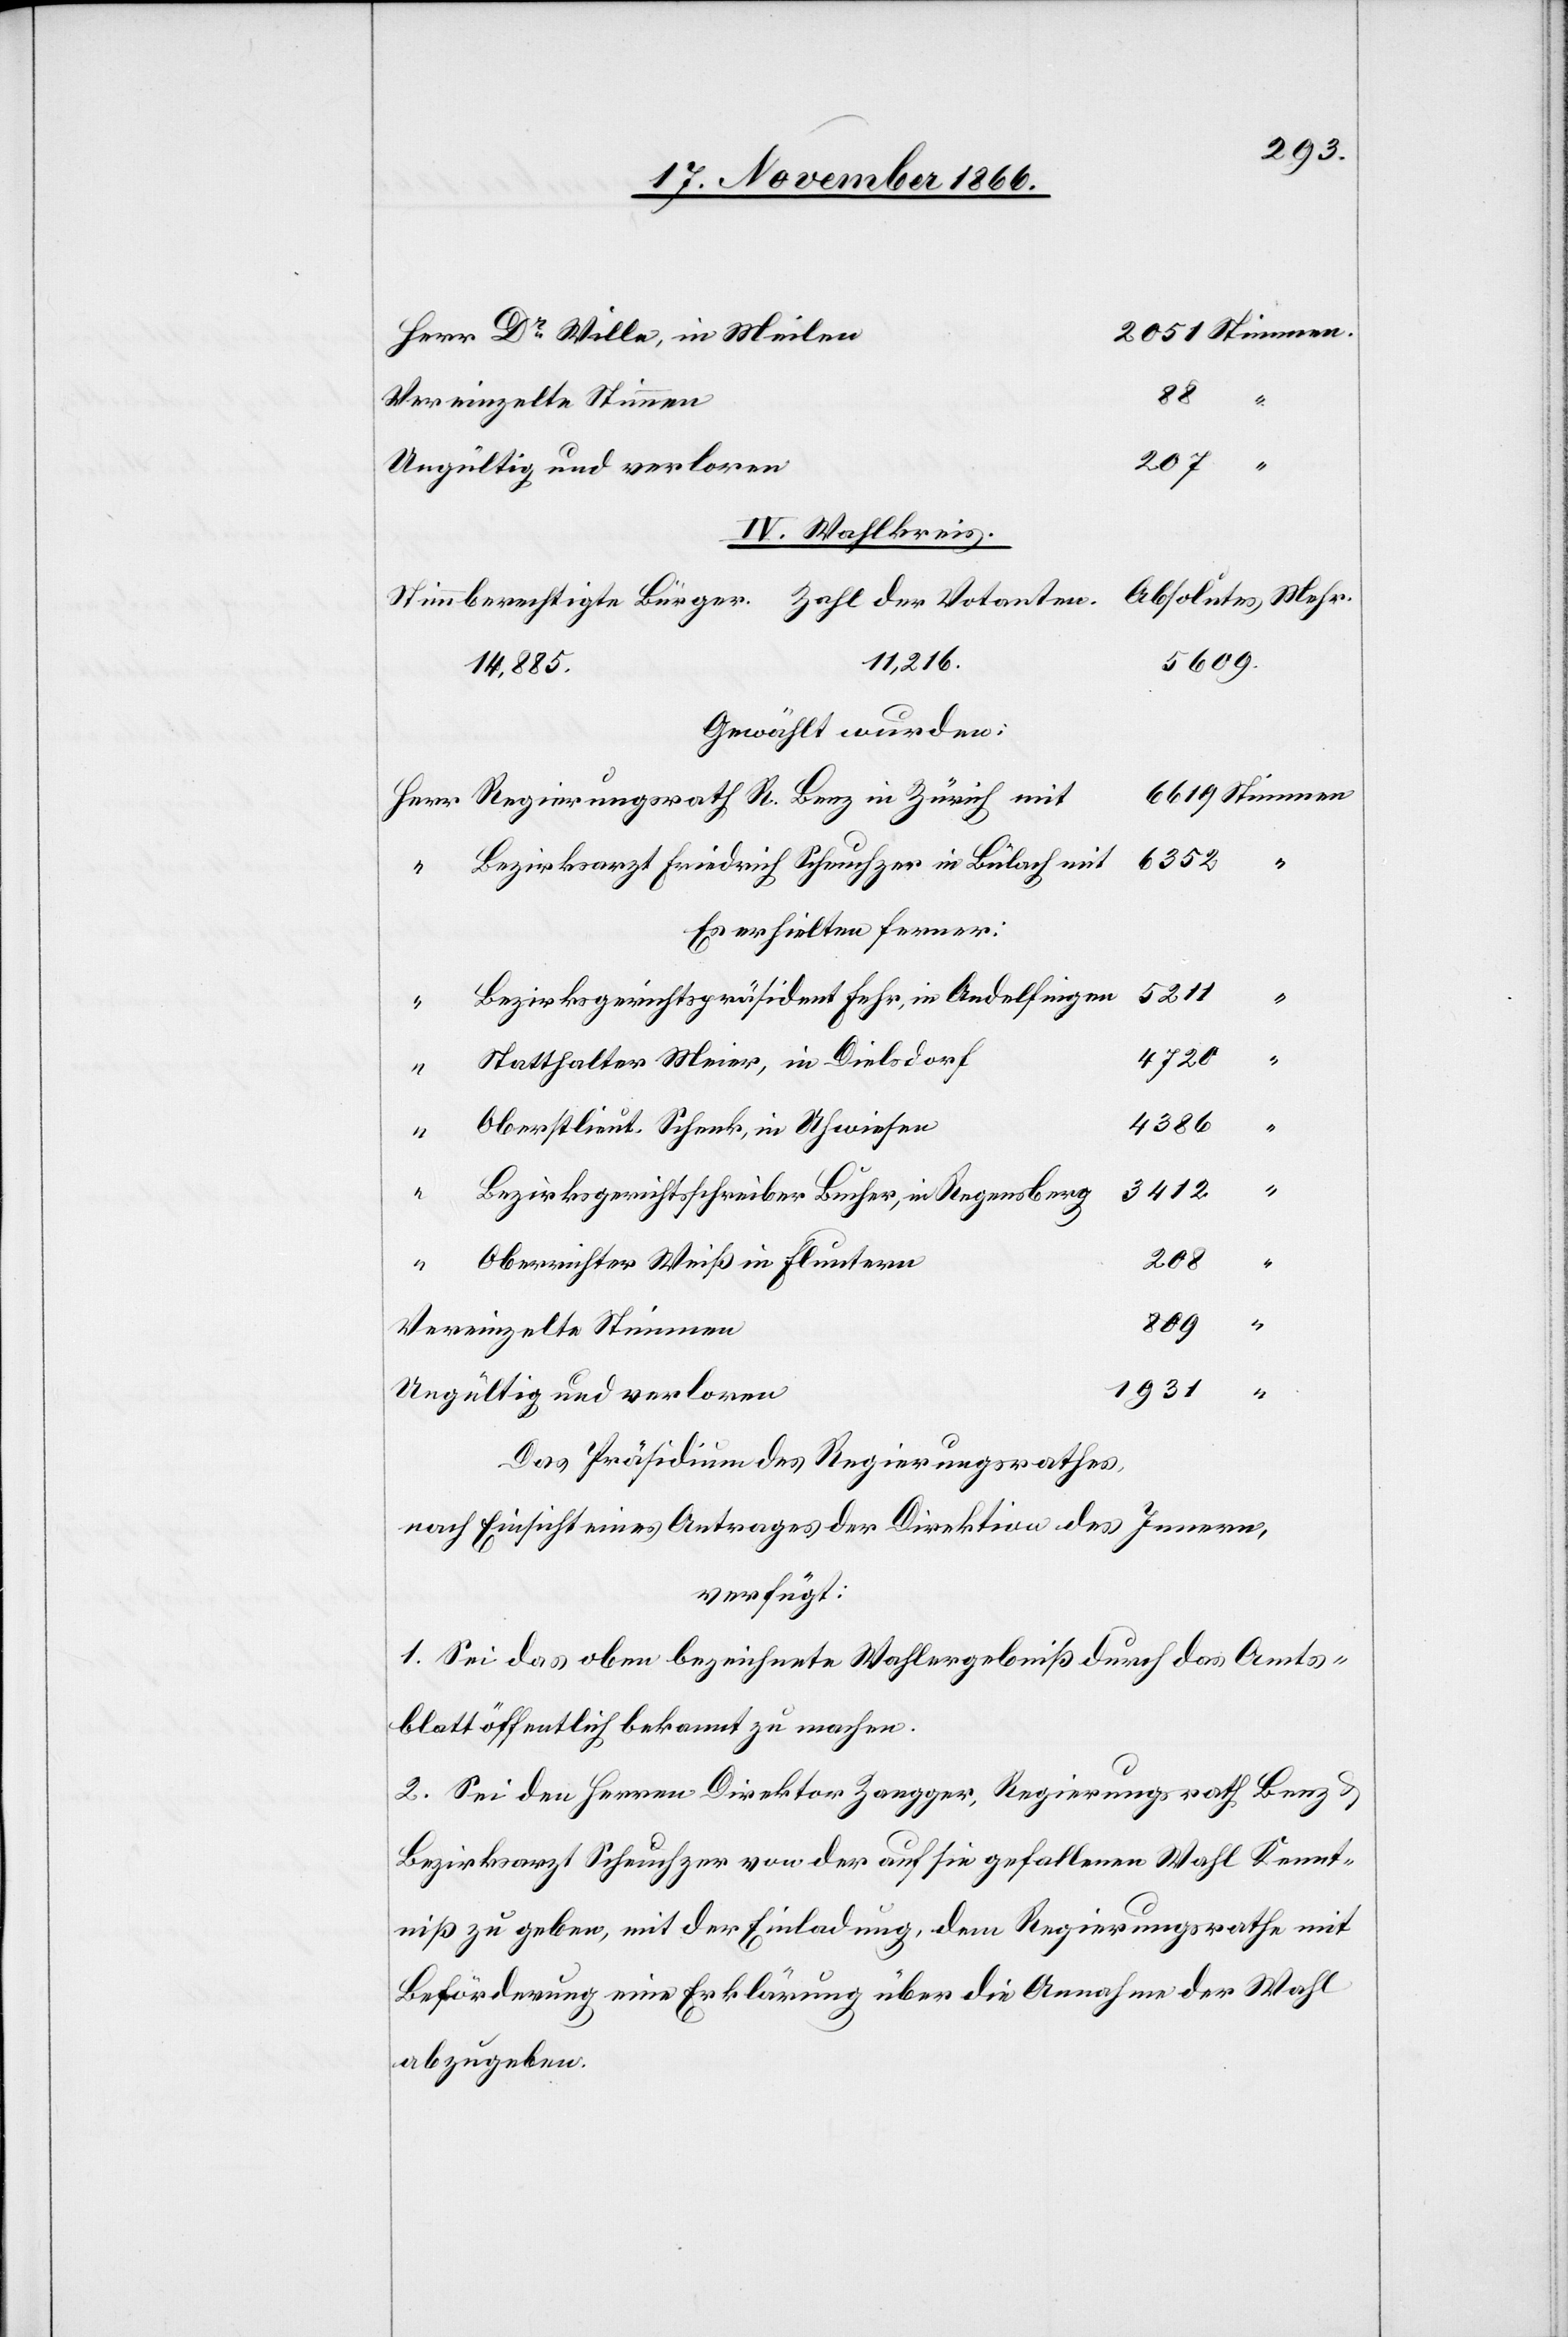
Dr. Wille, in Meilen
Ungültig und verloren
IV. Wahlkreis
5609.
11 216
Gewählt wurden:
Bezirksarzt Friedrich Scheuchzer in Bülach
Es erhielten ferner:
5211
Bezirksgerichtspräsident Fehr, in Andelfingen
4720
Statthalter Meier, in Dielsdorf
Oberstlieut. Schenk, in Uhwiesen
Benz
Bezirksgerichtsschreiber Bucher, in Regensberg
mit
809
“
Oberrichter Weiß in Fluntern
Vereinzelte Stimmen
1931
Das Präsidium des Regierungsrathes,
nach Einsicht eines Antrages der Direktion des Innern,
verfügt:
1. Sei das oben bezeichnete Wahlergebniß durch das Amts¬
blatt öffentlich bekannt zu machen.
2. Sei den Herren Direktor Zangger, Regierungsrath Benz &
Bezirksarzt Scheuchzer von der auf sie gefallenen Wahl Kennt¬
niß zu geben, mit der Einladung, dem Regierungsrathe mit
Beförderung eine Erklärung über die Annahme der Wahl
abzugeben.